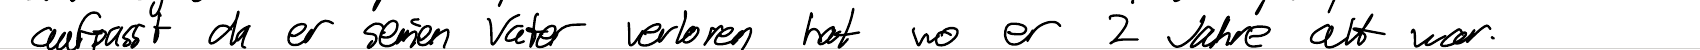
aufpasst da er seinen Vater verloren hat wo er 2 Jahre alt war.